Civil Veterinary Department. United Provinces 1932-42 - 1932-1942
Year: 1932
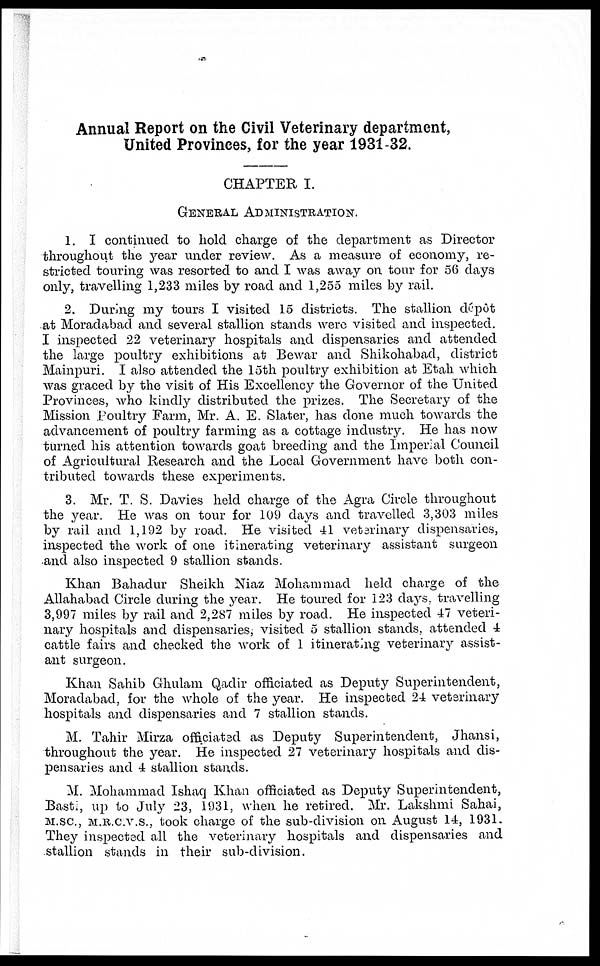
Annual Report on the Civil Veterinary department,
United Provinces, for the year 1931-32.
CHAPTER I.
GENERAL ADMINISTRATION.
1. I continued to hold charge of the department as Director
throughout the year under review. As a measure of economy, re-
stricted touring was resorted to and I was away on tour for 56 days
only, travelling 1,233 miles by road and 1,255 miles by rail.
2. During my tours I visited 15 districts. The stallion depot
at Moradabad and several stallion stands were visited and inspected.
I inspected 22 veterinary hospitals and dispensaries and attended
the large poultry exhibitions at Bewar and Shikohabad, district
Mainpuri. I also attended the loth poultry exhibition at Etah which
was graced by the visit of His Excellency the Governor of the United
Provinces, who kindly distributed the prizes. The Secretary of the
Mission Poultry Farm, Mr. A. E. Slater, has done much towards the
advancement of poultry farming as a cottage industry. He has now
turned his attention towards goat breeding and the Imperial Council
of Agricultural Research and the Local Government have both con-
tributed towards these experiments.
3. Mr. T. S. Davies held charge of the Agra Circle throughout
the year. He was on tour for 109 days and travelled 3,303 miles
by rail and 1,192 by road. He visited 41 veterinary dispensaries,
inspected the work of one itinerating veterinary assistant surgeon
and also inspected 9 stallion stands.
Khan Bahadur Sheikh Niaz Mohammad held charge of the
Allahabad Circle during the year. He toured for 123 days, travelling
3,997 miles by rail and 2,287 miles by road. He inspected 47 veteri-
nary hospitals and dispensaries, visited 5 stallion stands, attended 4
cattle fairs and checked the work of 1 itinerating veterinary assist-
ant surgeon.
Khan Sahib Ghulam Qadir officiated as Deputy Superintendent,
Moradabad, for the whole of the year. He inspected 24 veterinary
hospitals and dispensaries and 7 stallion stands.
M. Tahir Mirza officiated as Deputy Superintendent, Jhansi,
throughout the year. He inspected 27 veterinary hospitals and dis-
pensaries and 4 stallion stands.
M. Mohammad Ishaq Khan officiated as Deputy Superintendent,
Basti, up to July 23, 1931, when he retired. Mr. Lakshmi Sahai,
M.SC., M.R.C.V.S., took charge of the sub-division on August 14, 1931.
They inspected all the veterinary hospitals and dispensaries and
stallion stands in their sub-division.